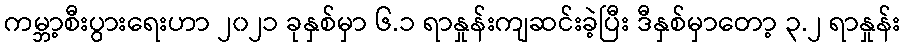
ကမ္ဘာ့စီးပွားရေးဟာ ၂၀၂၁ ခုနှစ်မှာ ၆.၁ ရာနှုန်းကျဆင်းခဲ့ပြီး ဒီနှစ်မှာတော့ ၃.၂ ရာနှုန်း